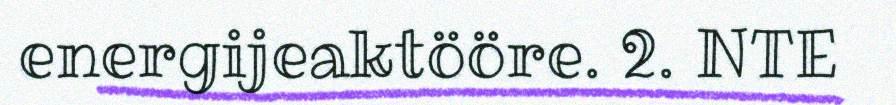
energijeaktööre. 2. NTE